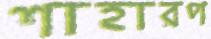
শাহারপ